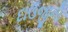
દાઉજીની